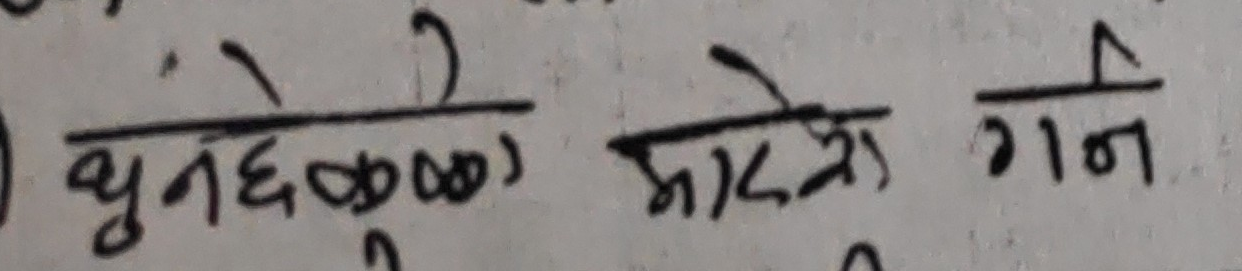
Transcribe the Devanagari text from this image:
भुंनेछन् मात्र गन